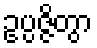
ဥပ္ပဇ္ဇိတွာ